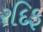
રદિફ